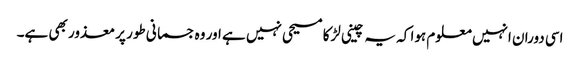
اسی دوران انہیں معلوم ہوا کہ یہ چینی لڑکا مسیحی نہیں ہے اور وہ جسمانی طور پر معذور بھی ہے۔